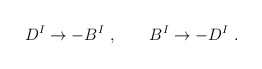
\begin{align*}D^I \rightarrow - B^I\ ,\ \ \ \ \ \ B^I \rightarrow - D^I\ .\end{align*}